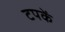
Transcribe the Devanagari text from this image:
टपकें